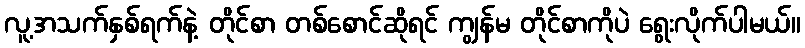
လူ့အသက်နှစ်ရက်နဲ့ တိုင်စာ တစ်စောင်ဆိုရင် ကျွန်မ တိုင်စာကိုပဲ ရွေးလိုက်ပါမယ်။